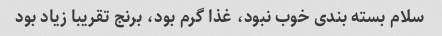
سلام بسته بندی خوب نبود، غذا گرم بود، برنج تقریبا زیاد بود